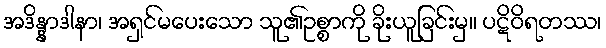
အဒိန္နာဒါနာ၊ အရှင်မပေးသော သူ၏ဥစ္စာကို ခိုးယူခြင်းမှ။ ပဋိဝိရတဿ၊